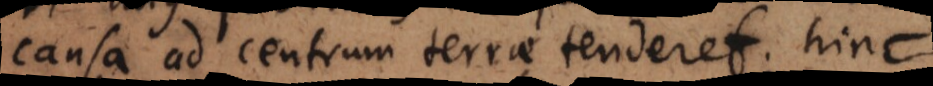
causa ad centrum terrae tenderet; hinc